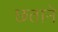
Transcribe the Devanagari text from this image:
छताने